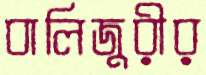
বালিজুরীর